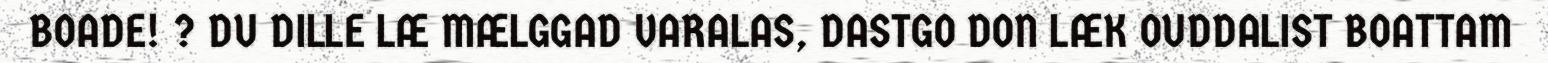
BOADE! ? DU DILLE LÆ MÆLGGAD VARALAS, DASTGO DON LÆK OUDDALIST BOATTAM